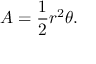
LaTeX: A = { \frac { 1 } { 2 } } r ^ { 2 } \theta .